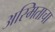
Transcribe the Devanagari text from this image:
अस्मिताचा